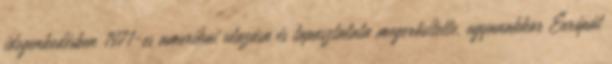
idegenkedésben 1971-es amerikai utazása és tapasztalata megerősítette, ugyanakkor Európát